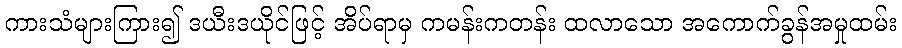
ကားသံများကြား၍ ဒယီးဒယိုင်ဖြင့် အိပ်ရာမှ ကမန်းကတန်း ထလာသော အကောက်ခွန်အမှုထမ်း